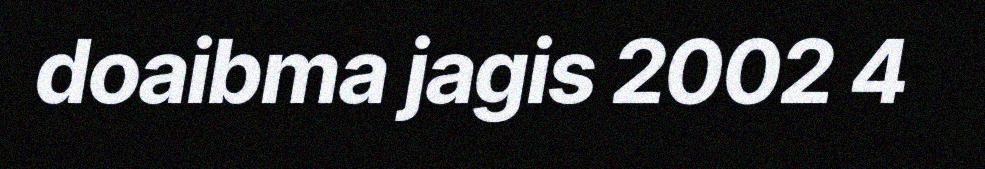
doaibma jagis 2002 4